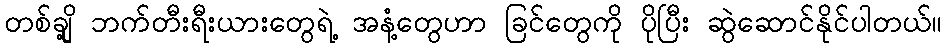
တစ်ချို့ ဘက်တီးရီးယားတွေရဲ့ အနံ့တွေဟာ ခြင်တွေကို ပိုပြီး ဆွဲဆောင်နိုင်ပါတယ်။